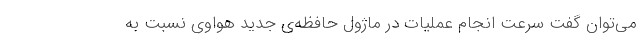
می‌توان گفت سرعت انجام عملیات در ماژول حافظه‌ی جدید هواوی نسبت به